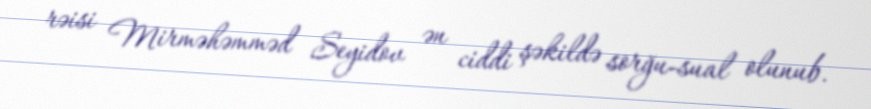
rəisi Mirməhəmməd Seyidov ən ciddi şəkildə sorğu-sual olunub.